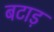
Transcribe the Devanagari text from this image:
बटाड़